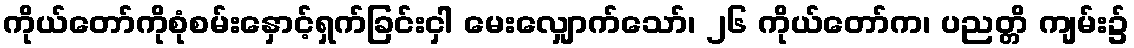
ကိုယ်တော်ကိုစုံစမ်းနှောင့်ရှက်ခြင်းငှါ မေးလျှောက်သော်၊ ၂၆ ကိုယ်တော်က၊ ပညတ္တိ ကျမ်း၌